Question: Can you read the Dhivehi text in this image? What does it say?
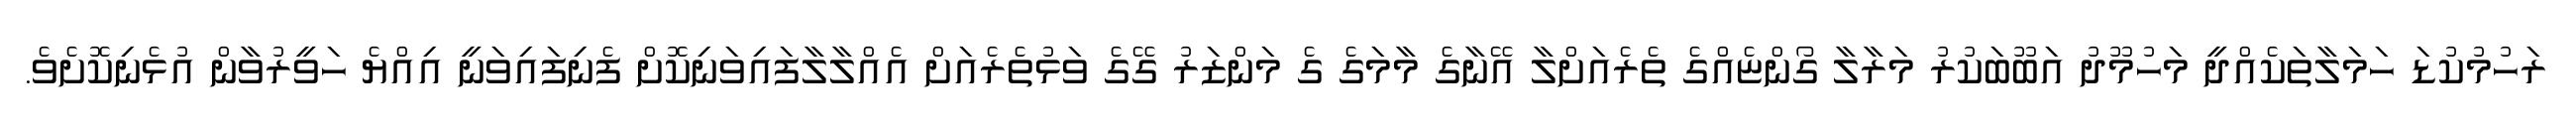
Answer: ރަހުމުކުޑަ ހަމަލާތަކެއްދީ މަހުމޫދު އަބޫބަކުރު މަރާލާ ގޯންޏެއްގެ ތެރެއަށްލާ އޭނާގެ މާމަގެ ގެ މަންޒަރު ގޭގެ ވަޅުތެރެއަށް އެއްލާލާފައިވަނިކޮށް ފެނިފައިވަނީ އިއްޔެ ހަވީރުވާން އުޅެނިކޮށެވެ.